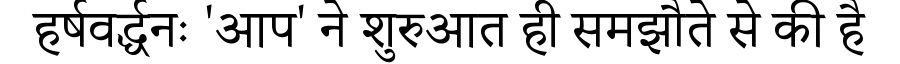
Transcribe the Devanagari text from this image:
हर्षवर्द्धनः 'आप' ने शुरुआत ही समझौते से की है